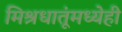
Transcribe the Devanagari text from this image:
मिश्रधातूंमध्येही